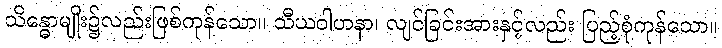
သိန္ဓောမျိုး၌လည်းဖြစ်ကုန်သော။ သီဃဝါဟနာ၊ လျင်ခြင်းအားနှင့်လည်း ပြည့်စုံကုန်သော။